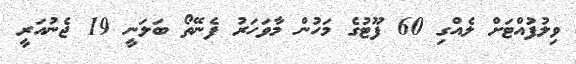
ވިލުފުއްޓަށް ލެއްގި 60 ފޫޓުގެ މަހުން މާވަހަރު ފެނޭތޯ ބަލަނީ 19 ޖެނުއަރީ